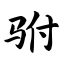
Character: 驸